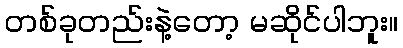
တစ်ခုတည်းနဲ့တော့ မဆိုင်ပါဘူး။